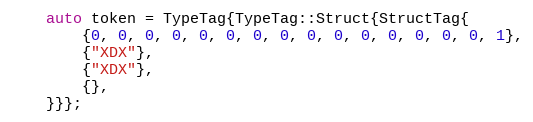
Language: C++
    auto token = TypeTag{TypeTag::Struct{StructTag{
        {0, 0, 0, 0, 0, 0, 0, 0, 0, 0, 0, 0, 0, 0, 0, 1},
        {"XDX"},
        {"XDX"},
        {},
    }}};